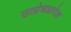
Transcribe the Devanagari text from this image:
उत्प्रेधप्रादेश